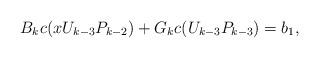
LaTeX: \begin{align*}B_kc(xU_{k-3}P_{k-2})+G_kc(U_{k-3}P_{k-3})=b_1,\end{align*}